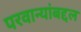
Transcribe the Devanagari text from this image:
परवान्यांबद्दल